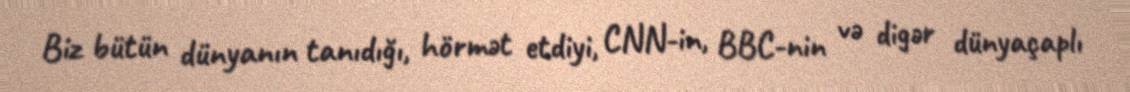
Biz bütün dünyanın tanıdığı, hörmət etdiyi, CNN-in, BBC-nin və digər dünyaçaplı